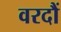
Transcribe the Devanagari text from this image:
वरदौं